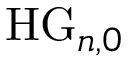
\mathrm { H G } _ { n , 0 }